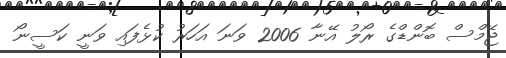
ޖޭމްސް ބޮންޑްގެ ރޯލު އޭނާ 2006 ވަނަ އަހަރު ކުޅެފައި ވަނީ ކަސީނޯ